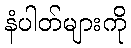
နံပါတ်များကို